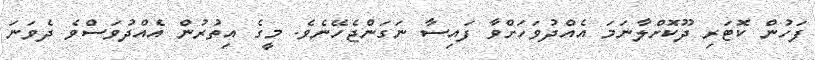
ފަހުން ކޮޓަރި ދޫކޮށްލާނަމަ އެއްދުވަހަށްވާ ފައިސާ ނަގަންޖެހޭނެވެ. މީގެ އިތުރުން އެއްދުވަސްވެ ދެވަނަ